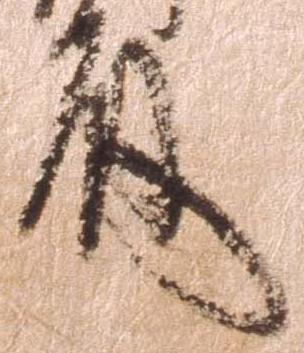
殿